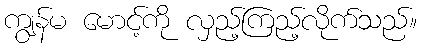
ကျွန်မ မောင့်ကို လှည့်ကြည့်လိုက်သည်။